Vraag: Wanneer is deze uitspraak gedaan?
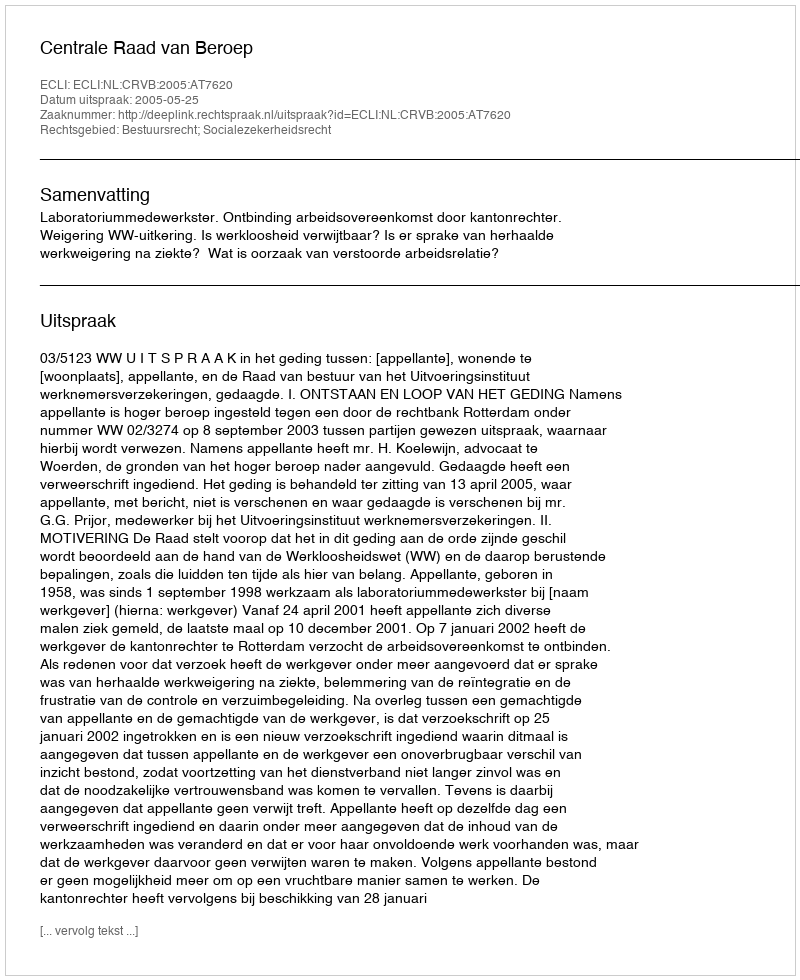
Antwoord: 2005-05-25